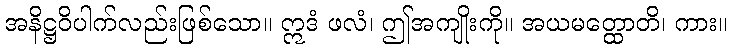
အနိဋ္ဌဝိပါက်လည်းဖြစ်သော။ ဣဒံ ဖလံ၊ ဤအကျိုးကို။ အယမတ္ထောတိ၊ ကား။